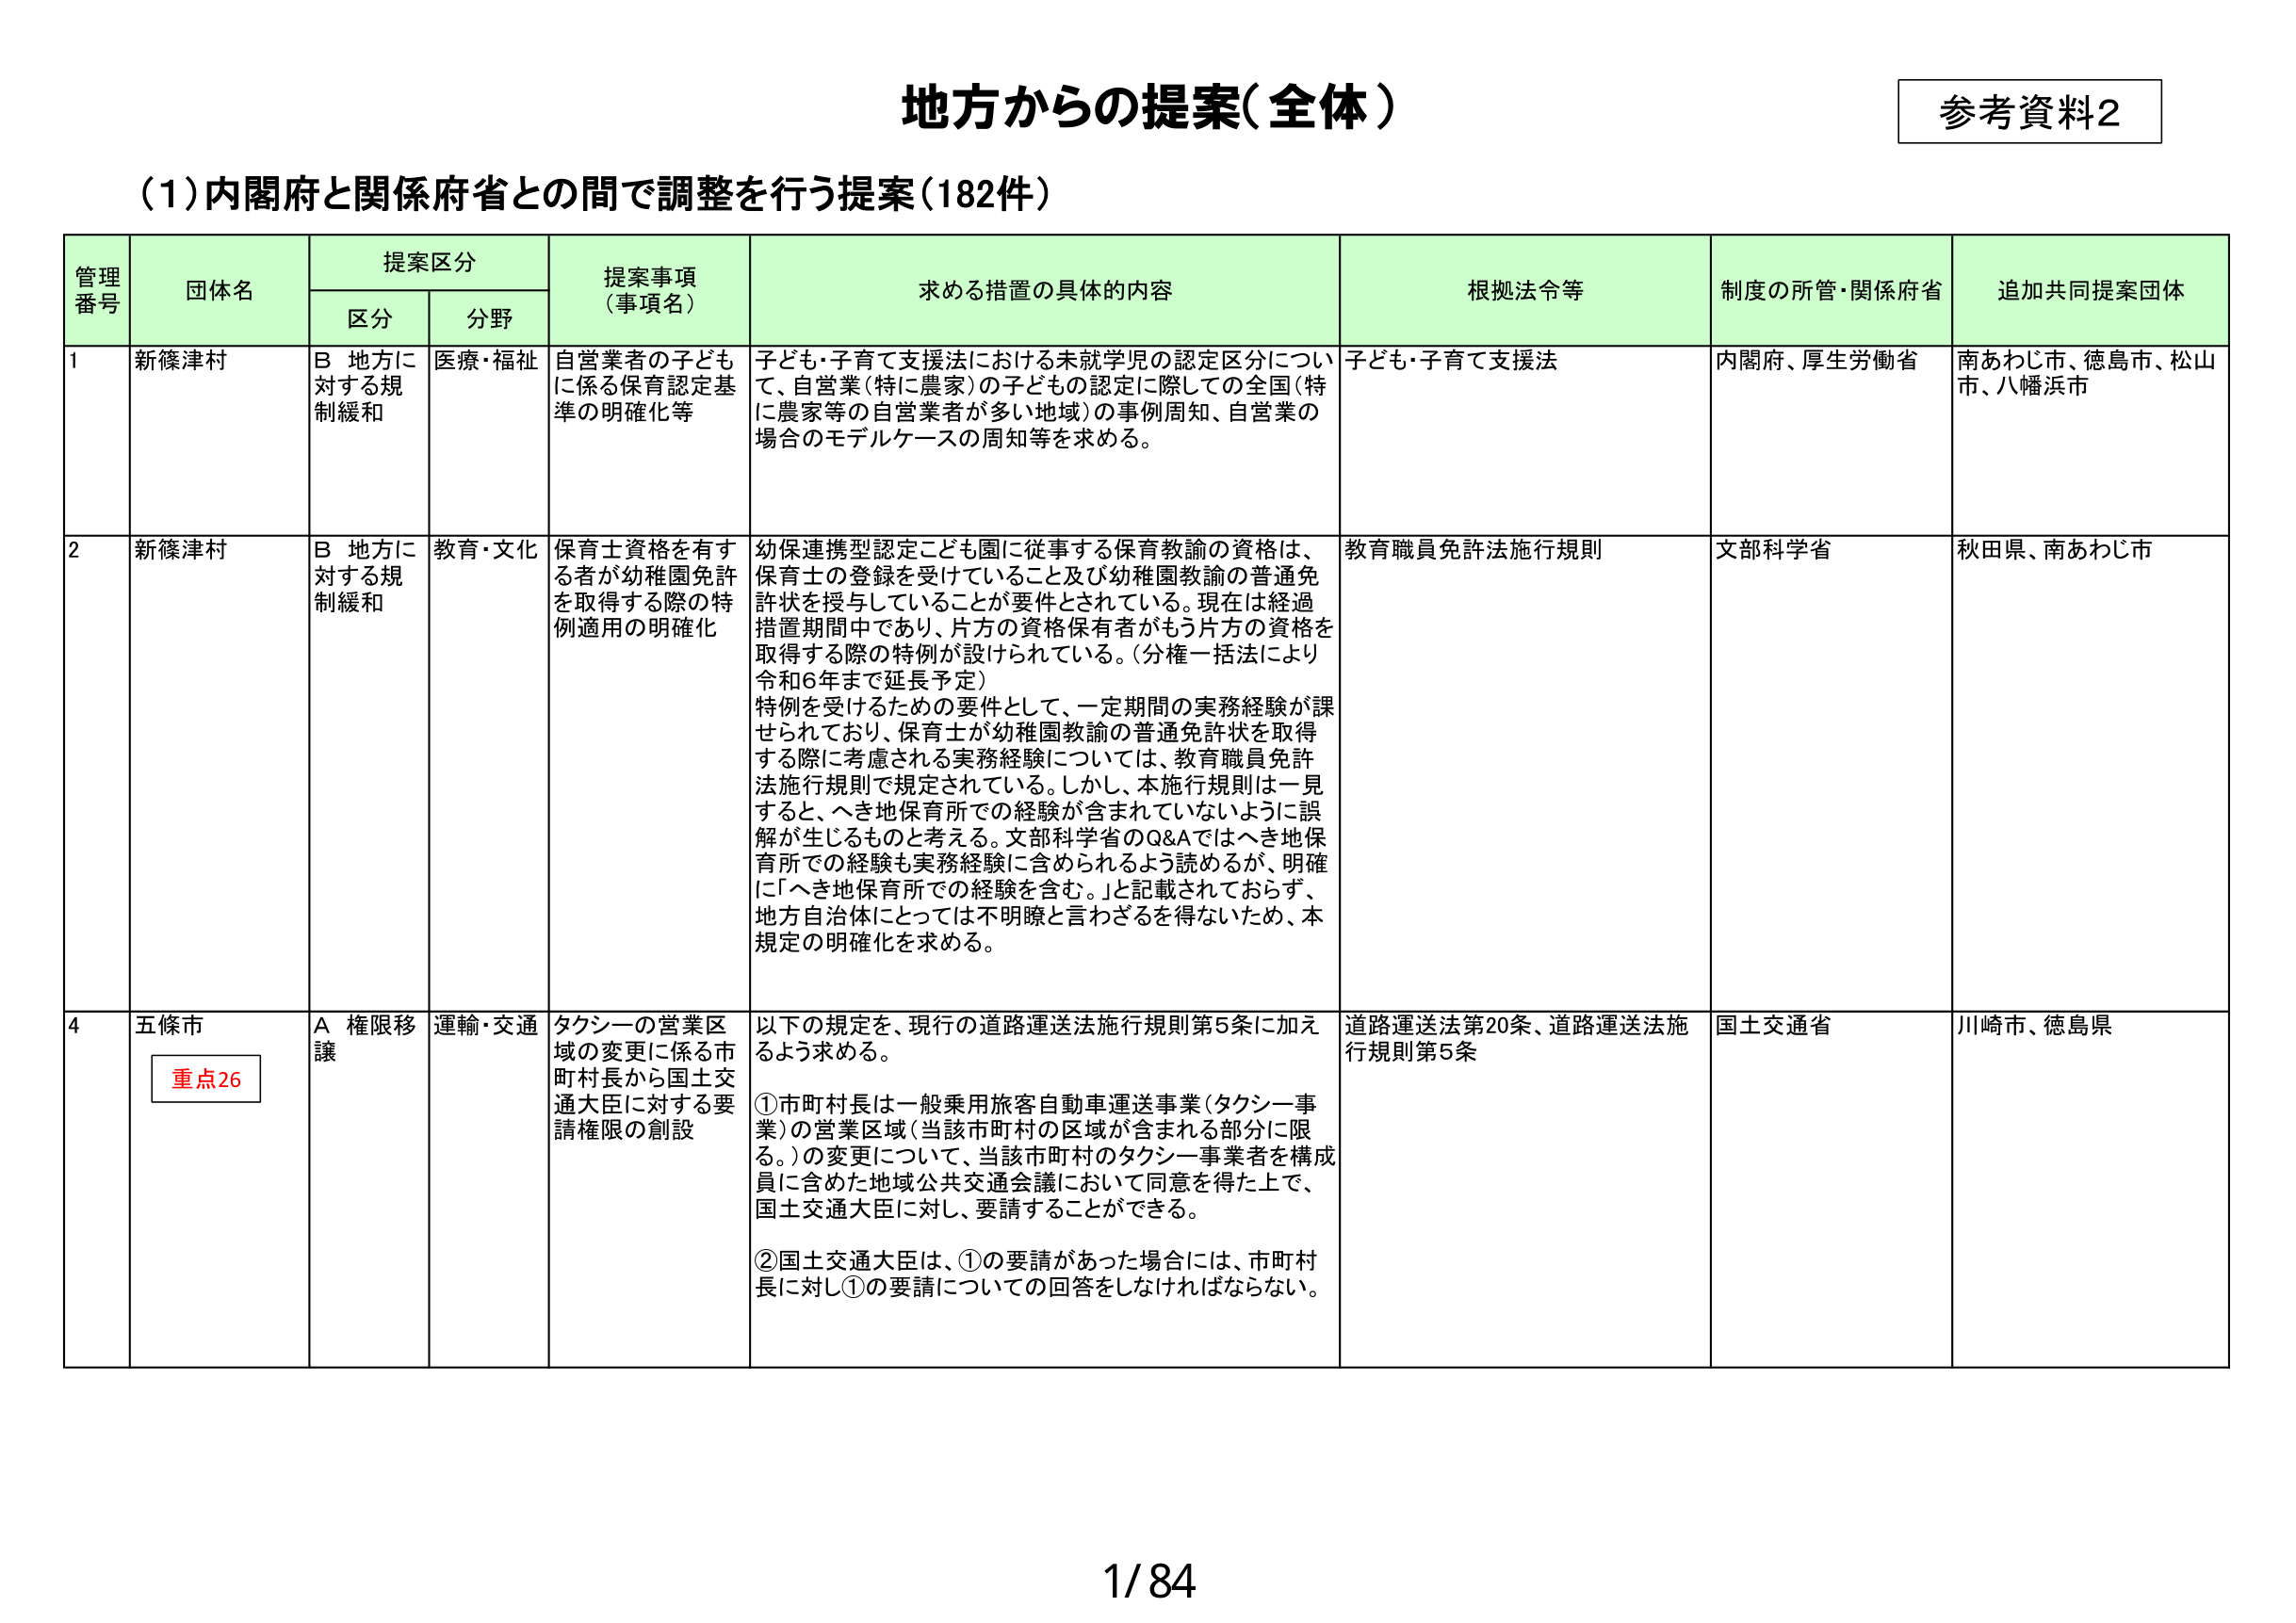
地方からの提案（全体）

参考資料2

（1）内閣府と関係府省との間で調整を行う提案（182件）

管理番号　団体名　提案区分　提案事項（事項名）　求める措置の具体的内容　根拠法令等　制度の所管・関係府省　追加共同提案団体
　　　　　　区分　分野

1　新篠津村　B 地方に対する規制緩和　医療・福祉　自営業者の子どもに係る保育認定基準の明確化等　子ども・子育て支援法における未就学児の認定区分について、自営業（特に農家）の子どもの認定に際しての全国（特に農家等の自営業者が多いた地域）の事例周知、自営業の場合のモデルケースの周知等を求める。　子ども・子育て支援法　内閣府、厚生労働省　南あわじ市、徳島市、松山市、八幡浜市

2　新篠津村　B 地方に対する規制緩和　教育・文化　保育士資格を有する者が幼稚園免許を取得する際の特例適用の明確化　幼保連携型認定こども園に従事する保育教諭の資格は、保育士の登録を受けていること及び幼稚園教諭の普通免許状を授与していることが要件とされている。現在は経過措置期間中であり、片方の資格保有者がもう片方の資格を取得する際の特例が設けられている。（分権一括法により令和6年まで延長予定）特例を受けるための要件として、一定期間の実務経験が課せられており、保育士が幼稚園教諭の普通免許状を取得する際に考慮される実務経験については、教育職員免許法施行規則で規定されている。しかし、本施行規則は一見すると、へき地保育所での経験が含まれていないように誤解が生じるものと考える。文部科学省のQ&Aではへき地保育所での経験も実務経験に含められるよう読めるが、明確に「へき地保育所での経験を含む。」と記載されておらず、地方自治体にとっては不明瞭と言わざるを得ないため、本規定の明確化を求める。　教育職員免許法施行規則　文部科学省　秋田県、南あわじ市

4　五條市　A 権限移譲　運輸・交通　タクシーの営業区域の変更に係る市町村長から国土交通大臣に対する要請権限の創設　以下の規定を、現行の道路運送法施行規則第5条に加えるよう求める。①市町村長は一般乗用旅客自動車運送事業（タクシー事業）の営業区域（当該市町村の区域が含まれる部分に限る。）の変更について、当該市町村のタクシー事業者を構成員に含めた地域公共交通会議において同意を得た上で、国土交通大臣に対し、要請することができる。②国土交通大臣は、①の要請があった場合には、市町村長に対し①の要請についての回答をしなければならない。　道路運送法第20条、道路運送法施行規則第5条　国土交通省　川崎市、徳島県

重点26

1/84